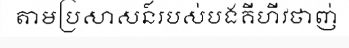
តាមប្រសាសន៍របស់បងគីហីវថាញ់